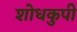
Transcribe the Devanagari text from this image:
शोधकुपी